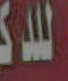
ولد